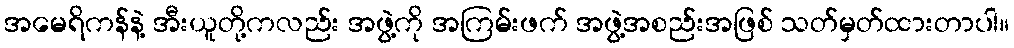
အမေရိကန်နဲ့ အီးယူတို့ကလည်း အဖွဲ့ကို အကြမ်းဖက် အဖွဲ့အစည်းအဖြစ် သတ်မှတ်ထားတာပါ။